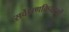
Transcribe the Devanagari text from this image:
सर्वेक्षणक्रियाओं